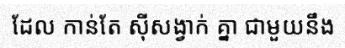
ដែល កាន់តែ ស៊ីសង្វាក់ គ្នា ជាមួយនឹង